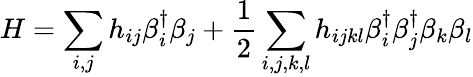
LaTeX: H=\sum_{i,j}h_{ij}\beta_{i}^{\dagger}\beta_{j}+\frac{1}{2}\sum_{i,j,k,l}h_{ijkl}\beta_{i}^{\dagger}\beta_{j}^{\dagger}\beta_{k}\beta_{l}